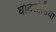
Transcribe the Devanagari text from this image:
घाटलोडिया